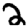
Digit: 2